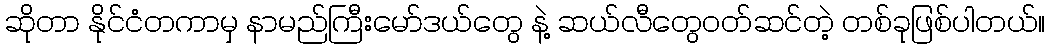
ဆိုတာ နိုင်ငံတကာမှ နာမည်ကြီးမော်ဒယ်တွေ နဲ့ ဆယ်လီတွေဝတ်ဆင်တဲ့ တစ်ခုဖြစ်ပါတယ်။